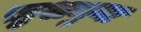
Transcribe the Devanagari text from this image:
ख़ुशनुमा